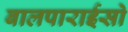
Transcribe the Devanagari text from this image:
बालपाराईसो